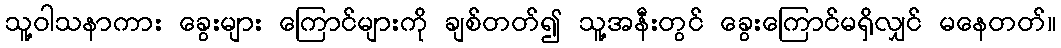
သူ့ဝါသနာကား ခွေးများ ကြောင်များကို ချစ်တတ်၍ သူ့အနီးတွင် ခွေးကြောင်မရှိလျှင် မနေတတ်။